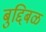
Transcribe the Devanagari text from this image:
बुद्दिबळ